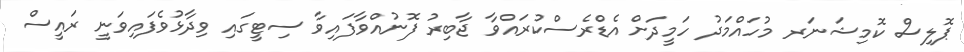
ޕޮލިސް ކޮމިޝަނަރ މުހައްމަދު ހަމީދަށް އެޑްރެސްކުރައްވާ ޖާބިރު ފޮނުއްވާފައިވާ ސިޓީގައި ވިދާޅުވެފައިވަނީ ރައީސް